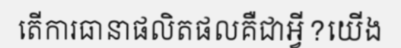
តើការធានាផលិតផលគឺជាអ្វី?យើង